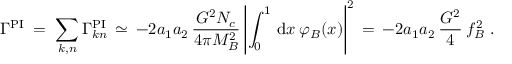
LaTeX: \Gamma ^ { \mathrm { P I } } \; = \; \sum _ { k , n } \Gamma _ { k n } ^ { \mathrm { P I } } \, \simeq \, - 2 a _ { 1 } a _ { 2 } \, \frac { G ^ { 2 } N _ { c } } { 4 \pi M _ { B } ^ { 2 } } \left| \int _ { 0 } ^ { 1 } \, \mathrm { d } x \: \varphi _ { B } ( x ) \right| ^ { 2 } \, = \, - 2 a _ { 1 } a _ { 2 } \, \frac { G ^ { 2 } } { 4 } \: f _ { B } ^ { 2 } \; .